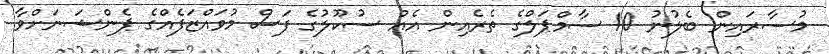
މުސާރައިން ބެލުނު 10 ސާމްޕަލްގެ ތެރެއިން އެއް ސުކޫލުގެ ފަސް މުވައްޒަފެއްގެ ޕެންޝަނަށްވާ